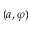
( a , \varphi )